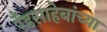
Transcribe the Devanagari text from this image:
रँडसाहेबांच्या